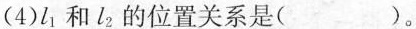
(4)l_{1}和l_{2}的位置关系是( )。